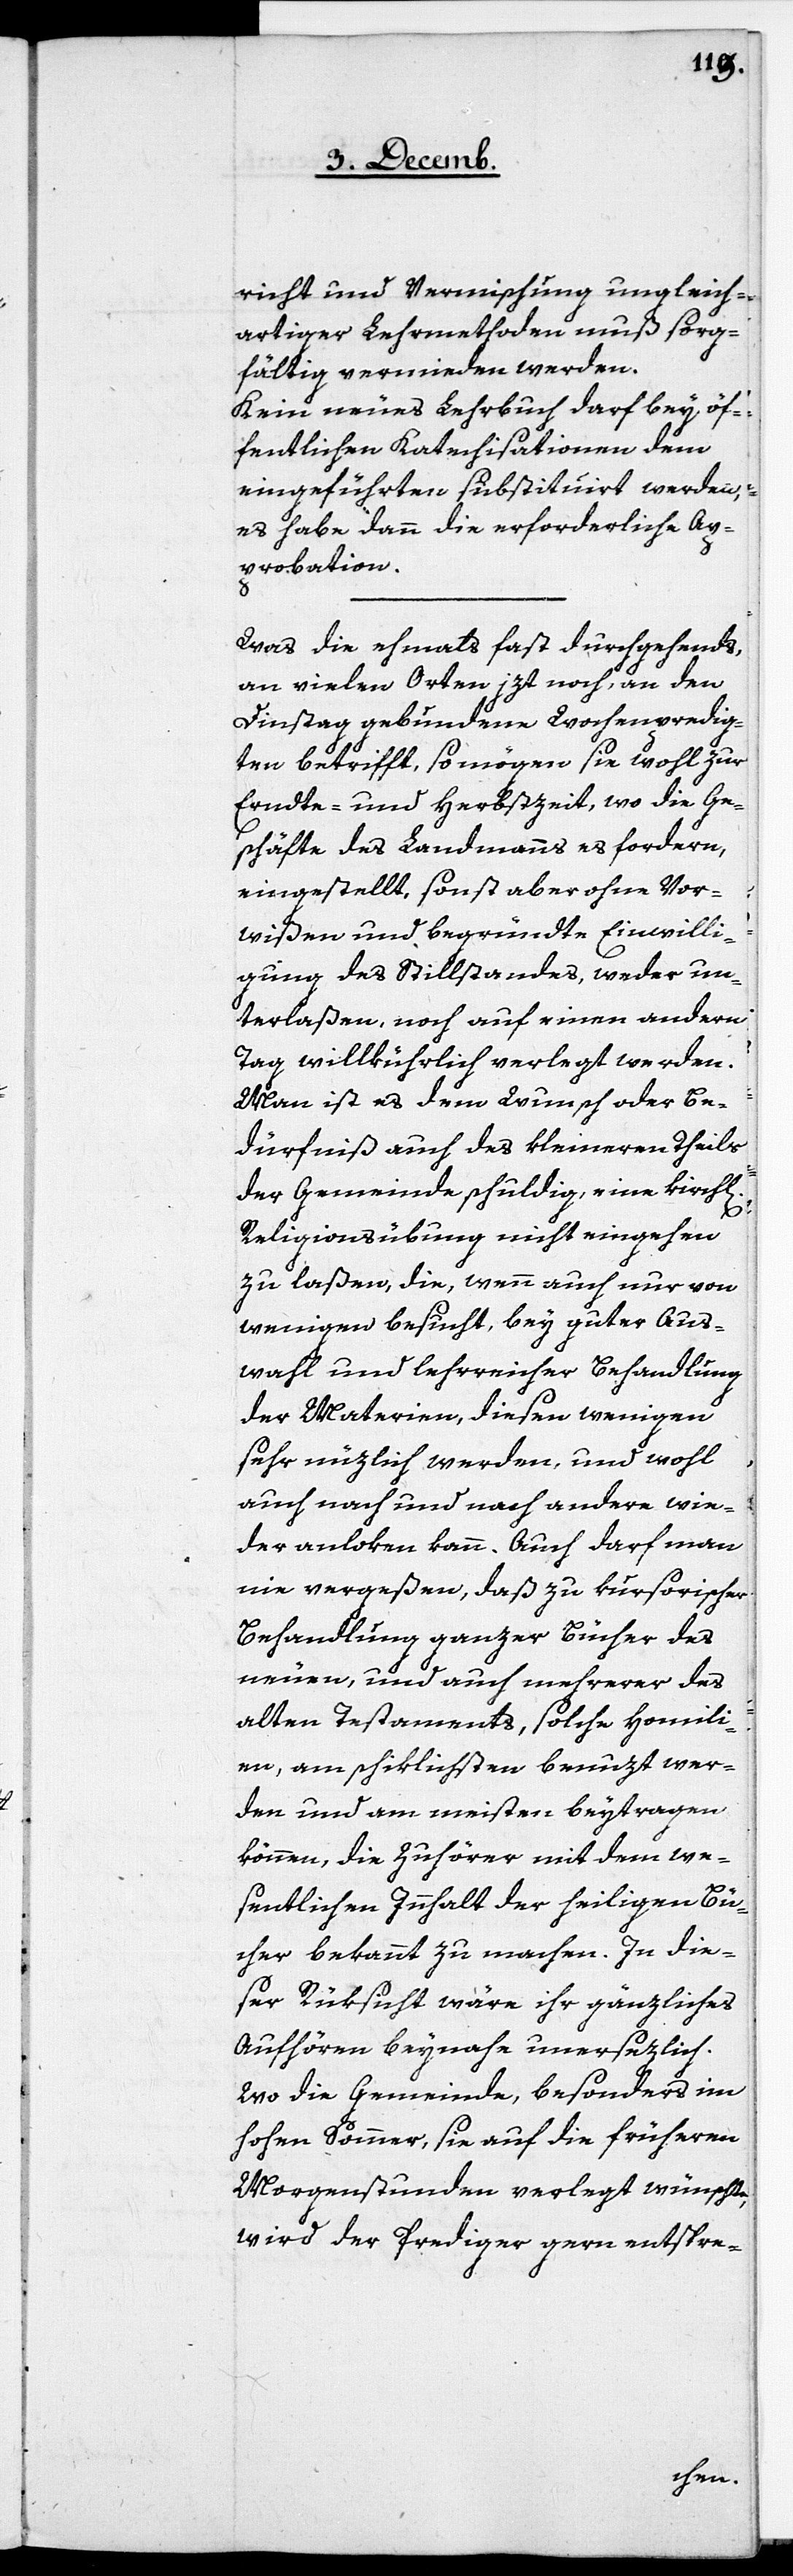
richt und Vermischung ungleich¬
artiger Lehrmethoden muß sorg¬
fältig vermieden werden.
Kein neues Lehrbuch darf bey öf¬
fentlichen Katechisationen dem
eingeführten substituirt werden,
es habe dann die erforderliche Ap¬
probation.
Was die ehmahls fast durchgehends,
an vielen Orten jezt noch, an den
Dienstag gebundene Wochenpredig¬
ten betrifft, so mögen sie wohl zur
Ernte- und Herbszeit, wo die Ge¬
schäfte des Landmanns es fordern,
eingestellt, sonst aber ohne Vor¬
wißen und begründte Einwilli¬
gung des Stillstandes, weder un¬
terlaßen noch auf einen andern
Tag willkührlich verlegt werden.
Man ist es dem Wunsch oder Be¬
dürfniß auch des kleineren Theils
der Gemeinde schuldig, eine kirchl[i¬
che]
Religionsübung nicht eingehen
zu laßen, die, wenn auch nur von
wenigen besucht, bey guter Aus¬
wahl und lehrreicher Behandlung
der Materien, diesen wenigen
sehr nüzlich werden, und wohl
auch nach und nach andere wie¬
der anloken kann. Auch darf man
nie vergeßen, daß zu kursorischer
Behandlung ganzer Bücher des
neuen, und auch mehrerer des
alten Testaments, solche Homili¬
en, am schiklichsten benuzt wer¬
den und am meisten beytragen
können, die Zuhörer mit dem we¬
sentlichen Innhalt der heiligen Bü¬
cher bekannt zu machen. In die¬
ser Rüksicht wäre ihr gänzliches
Aufhören beynahe unersezlich.
Wo die Gemeinde, besonders im
hohen Sommer, sie auf die früheren
Morgenstunden verlegt wünscht,
wird der Prediger gern entspre-